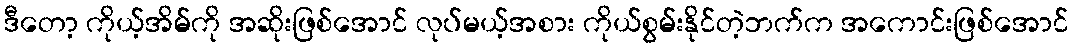
ဒီတော့ ကိုယ့်အိမ်ကို အဆိုးဖြစ်အောင် လုပ်မယ့်အစား ကိုယ်စွမ်းနိုင်တဲ့ဘက်က အကောင်းဖြစ်အောင်